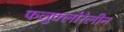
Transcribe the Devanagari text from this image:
फलुक्‍लोरेलीन